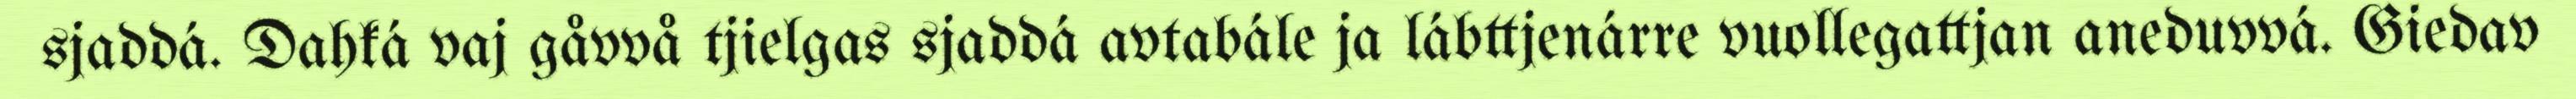
sjaddá. Dahká vaj gåvvå tjielgas sjaddá avtabále ja lábttjenárre vuollegattjan aneduvvá. Giedav